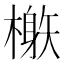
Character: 𣛘